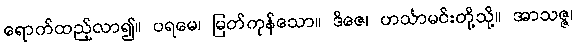
ရောက်ထည့်လာ၍။ ပရမေ၊ မြတ်ကုန်သော။ ဒိဇေ၊ ဟင်္သာမင်းတို့သို့။ အာသဇ္ဇ၊